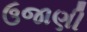
ઉજાણી